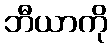
ဘီယာကို